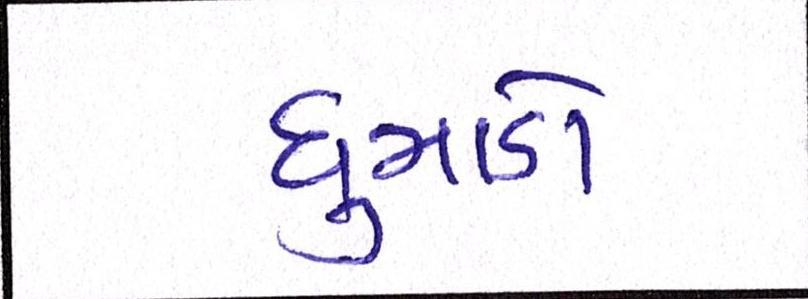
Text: ધુમાડો